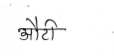
मजकूर: औटी